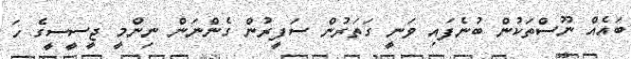
ބައެއް ނޫސްތަކުން ބުނެފައި ވަނީ ގަތަރުން ސަފީރުން ގެންނަން ނިންމީ ޖީސީސީގެ ހަ